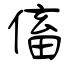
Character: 傗